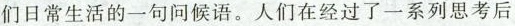
们日常生活的一句问候语。人们在经过了一系列思考后